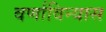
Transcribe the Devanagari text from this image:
वर्णाविन्यास